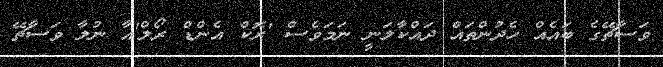
ވަސާޗޭގެ ބައެއް ހެދުންތައް ދައްކާލަނީ ނަމަވެސް 'ރޮކް އެންޑް ރޯލް'އާ ނުލާ ވަސާޗޭ